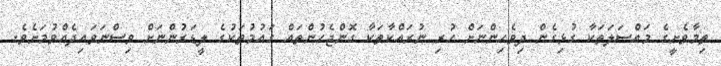
ތިމާވެށީގެ މައްސަލަތަކާ ގުޅިގެން ދިވެހިންނަށް ހުރި ނުރައްކާތަކާ ގޮންޖެހުންތައް ގައުމުތަކުގެ ލީޑަރުންނަށް ވިސްނަވައިދެއްވުމަށެވެ.